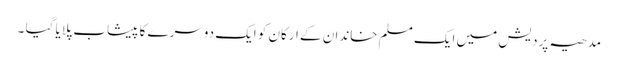
مدھیہ پردیش میں ایک مسلم خاندان کے ارکان کو ایک دوسرے کا پیشاب پلایا گیا ۔